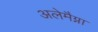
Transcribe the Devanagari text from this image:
अलेमैग्ना